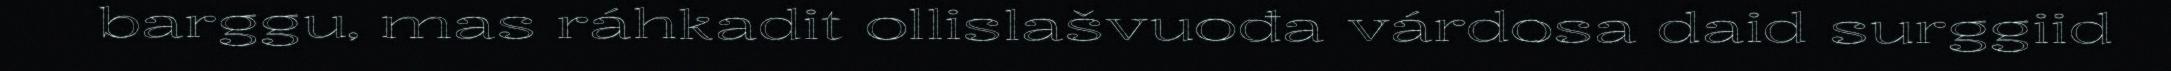
barggu, mas ráhkadit ollislašvuođa várdosa daid surggiid